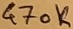
Text: 470K